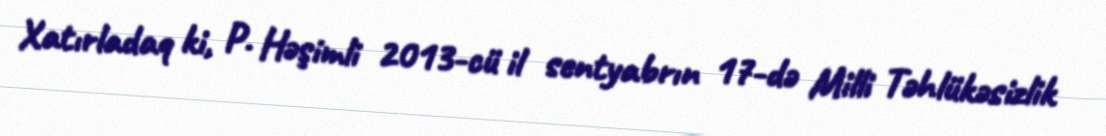
Xatırladaq ki, P. Həşimli 2013-cü il sentyabrın 17-də Milli Təhlükəsizlik